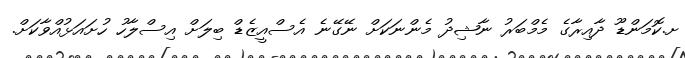
ށ.ކޮމަންޑޫ ދާއިރާގެ މެމްބަރު ނާޝިދު މެންނަކަށް ނޭގޭނެ އެސްއީޒެޑް ބިލަށް އިސްލާހު ހުށައަޅުއްވާކަށް.